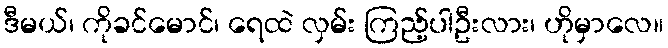
ဒီမယ်၊ ကိုခင်မောင်၊ ရေထဲ လှမ်း ကြည့်ပါဦးလား၊ ဟိုမှာလေ။